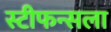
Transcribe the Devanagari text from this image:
स्टीफन्सला